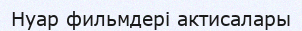
Нуар фильмдері актисалары